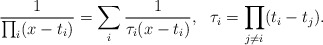
\begin{align*}\frac{1}{\prod_i(x-t_i)}=\sum_i\frac{1}{\tau_i(x-t_i)},\ \ \tau_i=\prod_{j\not=i}(t_i-t_j).\end{align*}